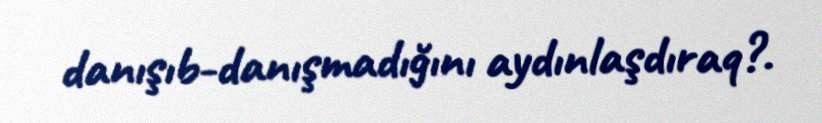
danışıb-danışmadığını aydınlaşdıraq?.